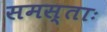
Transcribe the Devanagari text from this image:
समस्ताः